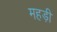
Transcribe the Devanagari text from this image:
महड़ी